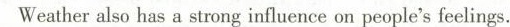
Weather also has a strong influence on people's feelings.